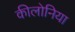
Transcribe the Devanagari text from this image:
कीलोनिया